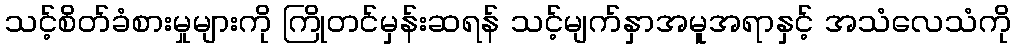
သင့်စိတ်ခံစားမှုများကို ကြိုတင်မှန်းဆရန် သင့်မျက်နှာအမူအရာနှင့် အသံလေသံကို